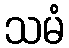
သမံ